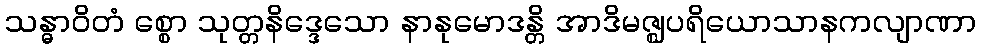
သန္ဓာဝိတံ စ္စော သုတ္တနိဒ္ဒေသော နာနုမောဒန္တိ အာဒိမဇ္ဈပရိယောသာနကလျာဏာ